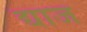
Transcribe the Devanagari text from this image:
द्याज